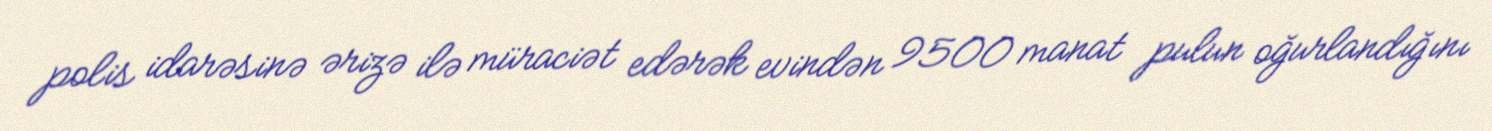
polis idarəsinə ərizə ilə müraciət edərək evindən 9500 manat pulun oğurlandığını